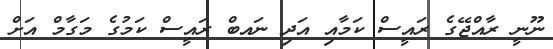
ނޫނީ ރާއްޖޭގެ ރައީސް ކަމާއި އަދި ނައބް ރަައީސް ކަމުގެ މަގާމް އަށް